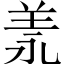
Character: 𦍛